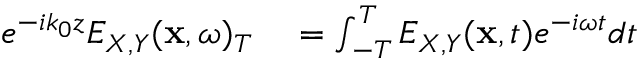
\begin{array} { r l } { e ^ { - i k _ { 0 } z } E _ { X , Y } ( { \bf x } , \omega ) _ { T } } & { { } = \int _ { - T } ^ { T } E _ { X , Y } ( { \bf x } , t ) e ^ { - i \omega t } d t } \end{array}